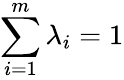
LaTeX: \sum_{i=1}^{m}\lambda_{i}=1